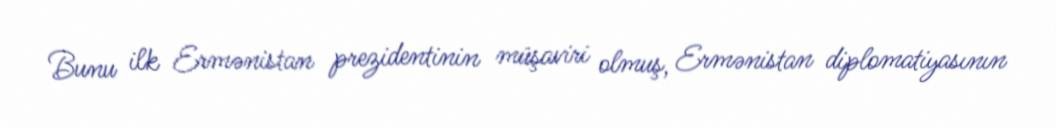
Bunu ilk Ermənistan prezidentinin müşaviri olmuş, Ermənistan diplomatiyasının